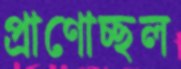
প্রাণোচ্ছল